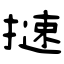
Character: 𢳪